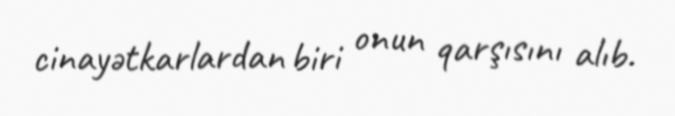
cinayətkarlardan biri onun qarşısını alıb.